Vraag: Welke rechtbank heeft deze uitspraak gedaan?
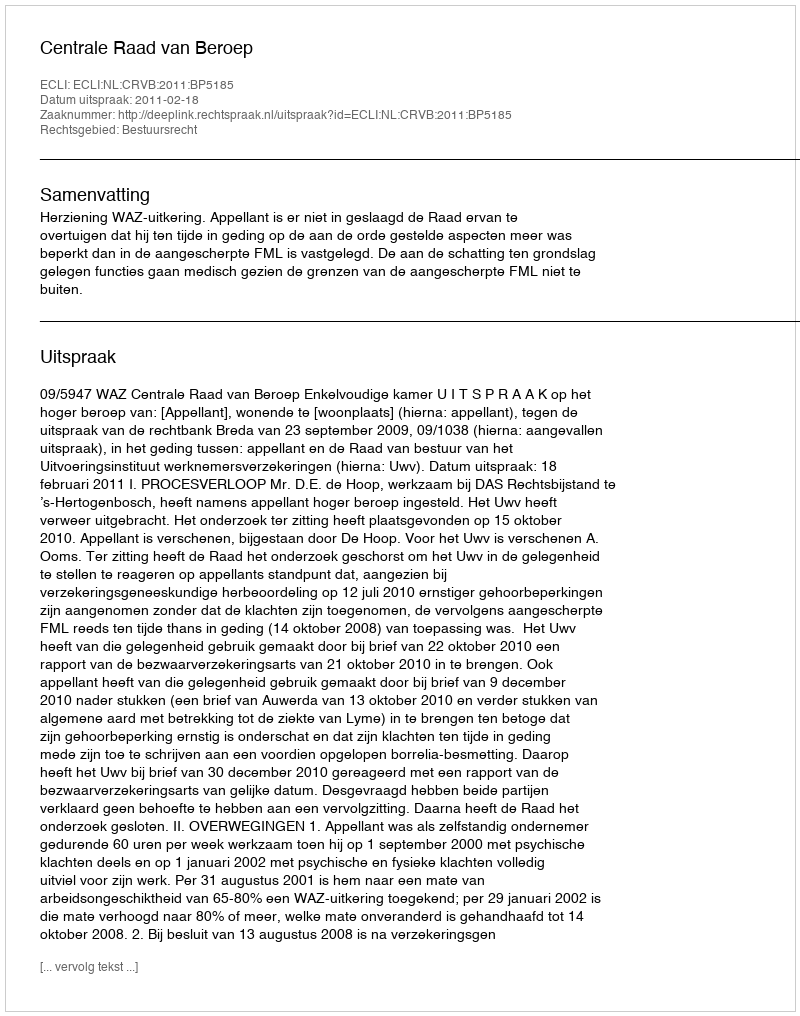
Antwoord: Centrale Raad van Beroep